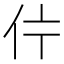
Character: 𱎦